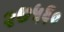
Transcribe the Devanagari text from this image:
२७५६०